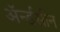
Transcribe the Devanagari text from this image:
ॲर्न्डसीन